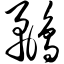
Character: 鹬